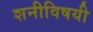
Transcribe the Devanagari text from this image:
शनीविषयी